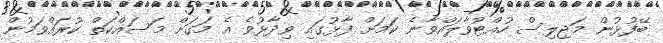
ބޭފުޅުން މަޖިލިސް ހުއްޓުވާލައްވާނެ ކަމަށް ފާޅުގައި ވިދާޅުވެ އެ މަގަށް މަސައްކަތް ކުރައްވަމުން